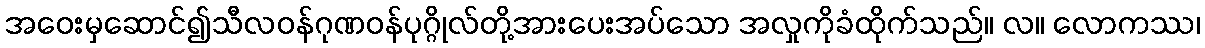
အဝေးမှဆောင်၍သီလဝန်ဂုဏဝန်ပုဂ္ဂိုလ်တို့အားပေးအပ်သော အလှုကိုခံထိုက်သည်။ လ။ လောကဿ၊